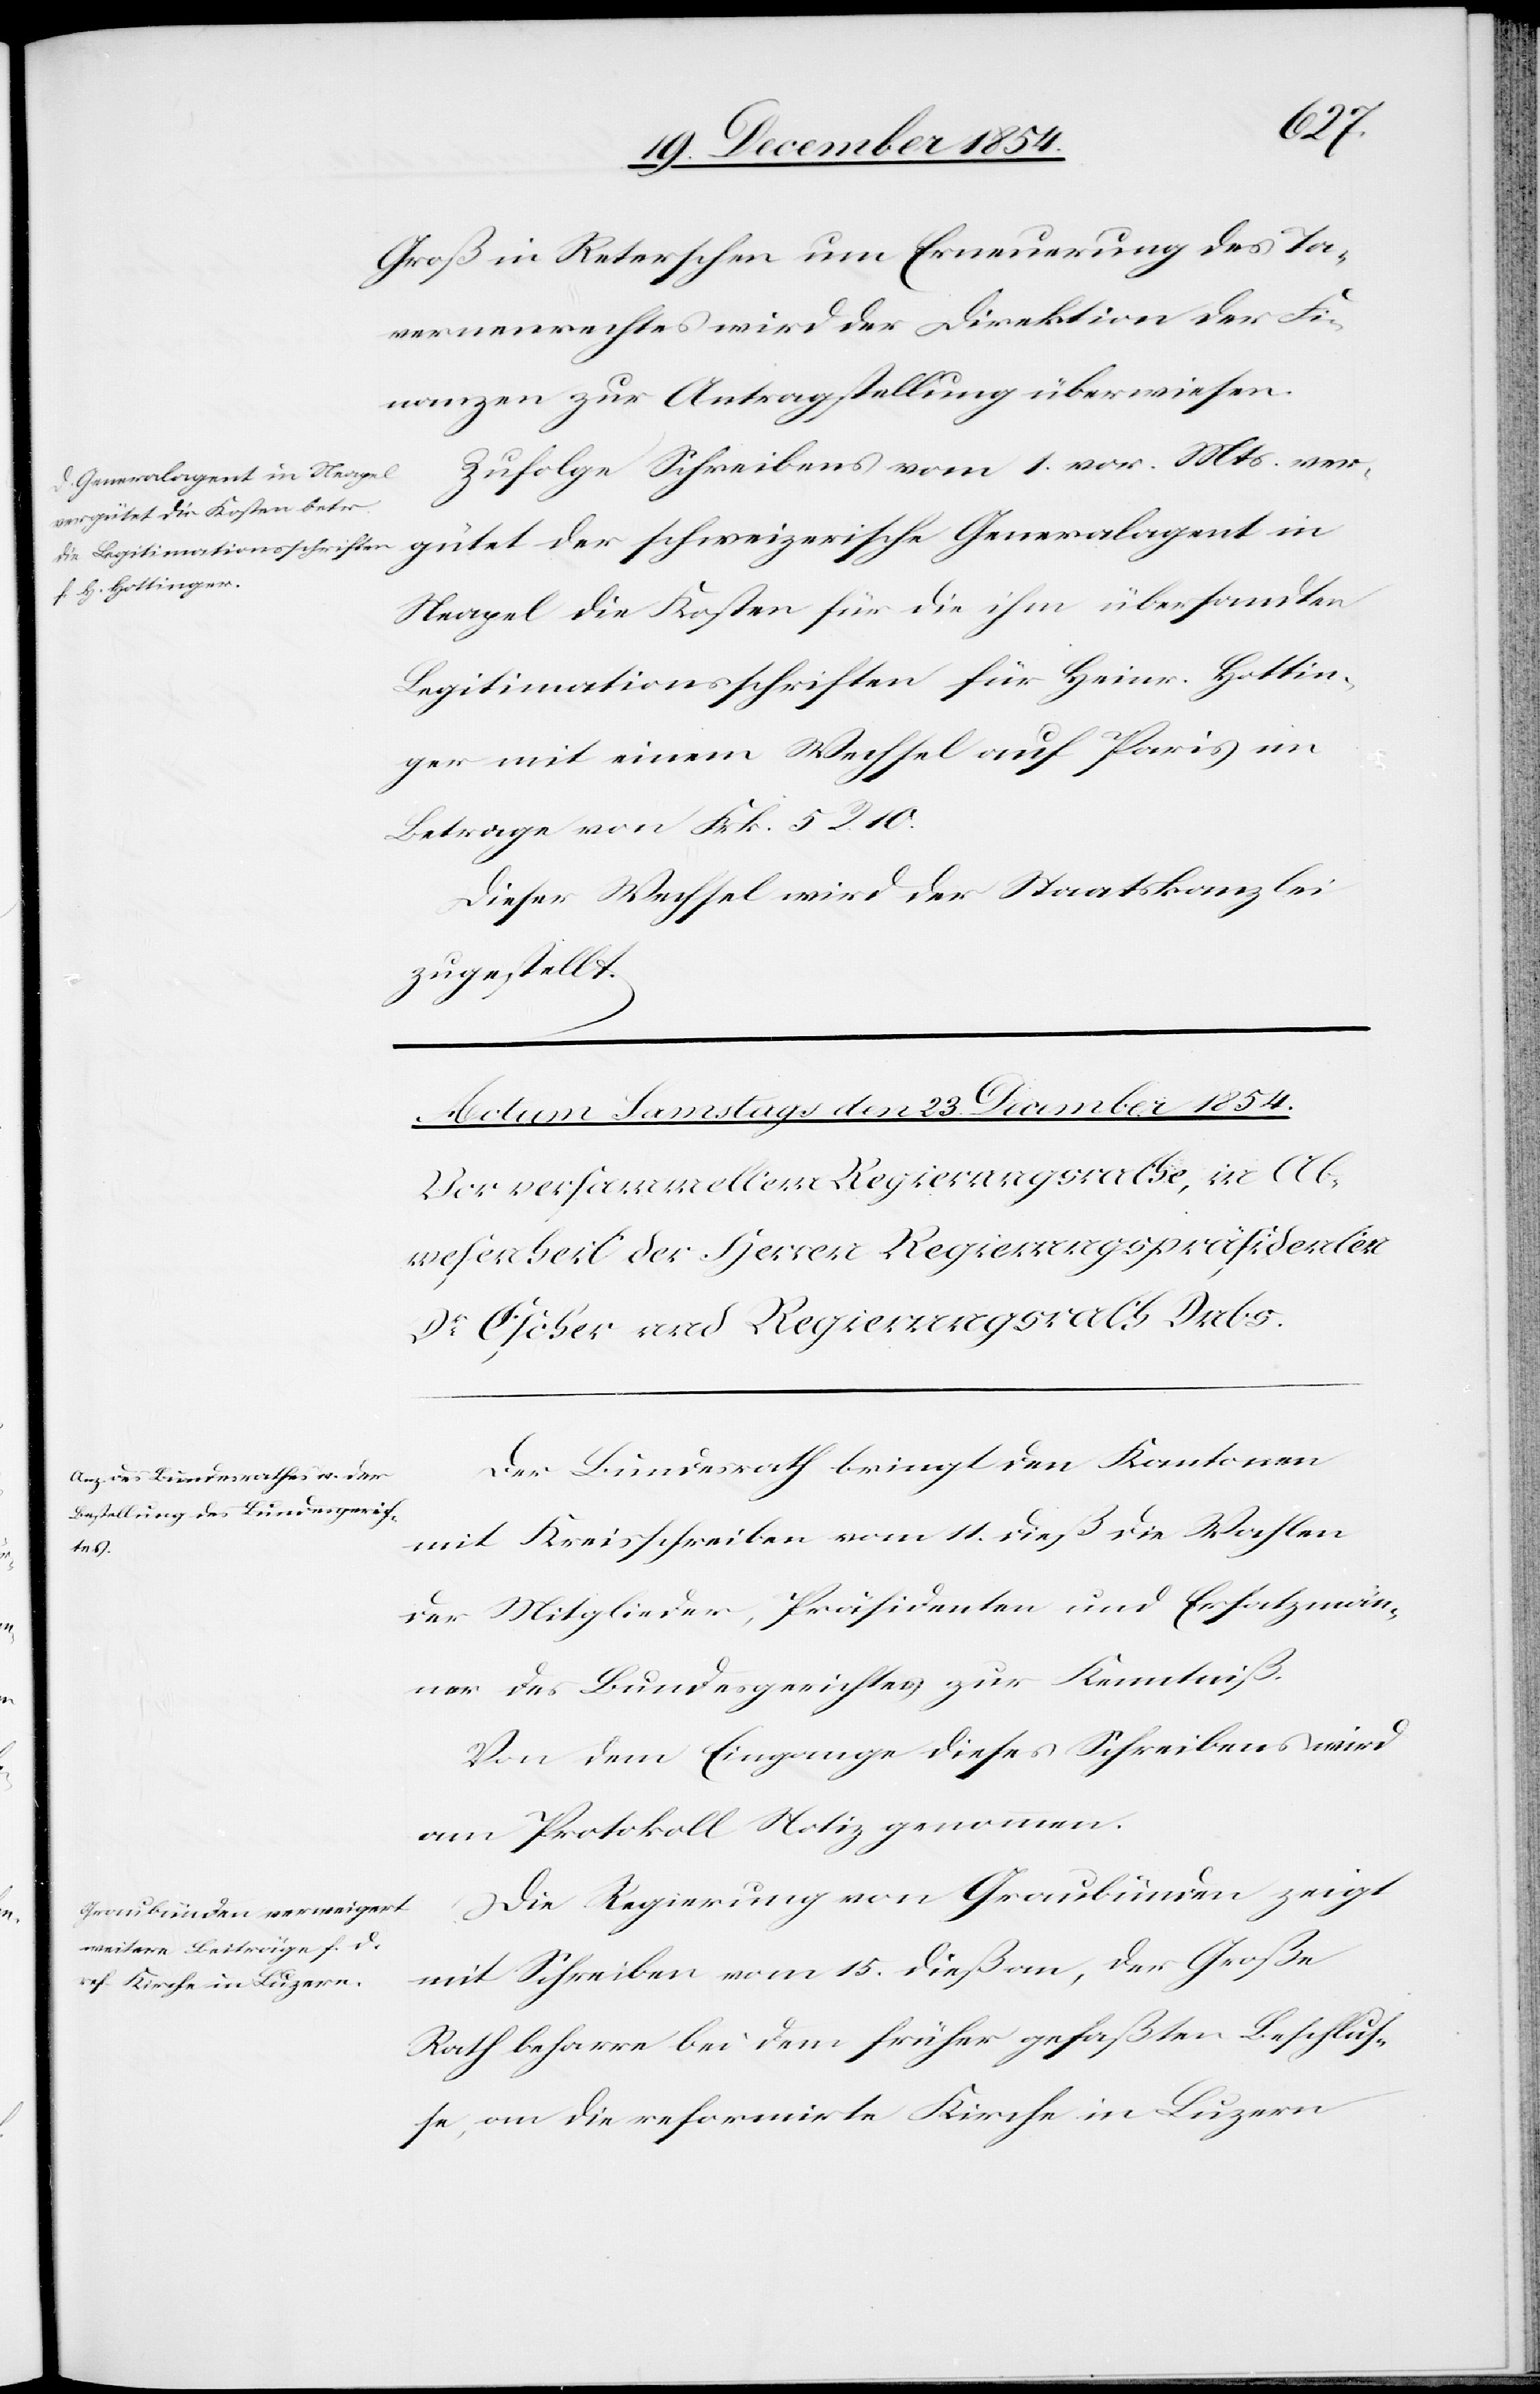
den

22. December 1854.]
Groß in Reterschen um Erneuerung des Ta¬
vernenrechtes wird der Direktion der Fi¬
nanzen zur Antragstellung überwiesen.
Zufolge Schreibens vom 1. vor. Mts. ver¬
gütet der schweizerische Generalagent in
Neapel die Kosten für die ihm übersandten
Legitimationsschriften für Heinr. Hottin¬
ger mit einem Wechsel auf Paris im
Betrage von Frk. 5 R. 10.
Dieser Wechsel wird der Staatskanzlei
zugestellt.
Der Bundesrath bringt den Kantonen
mit Kreisschreiben vom 11. dieß die Wahlen
der Mitglieder, Präsidenten und Ersatzmän¬
ner des Bundesgerichtes zur Kenntniß.
Von dem Eingange dieses Schreibens wird
am Protokoll Notiz genommen.
Die Regierung von Graubünden zeigt
mit Schreiben vom 15. dieß an, der Große
Rath beharre bei dem früher gefaßten Beschluß¬
e, an die reformirte Kirche in Luzern